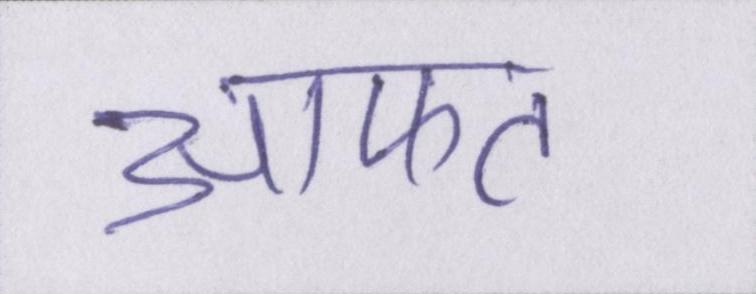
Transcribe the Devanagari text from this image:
आफत